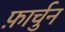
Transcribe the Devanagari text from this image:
फ़ार्चुन